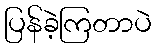
ပြန်ခဲ့ကြတာပဲ